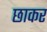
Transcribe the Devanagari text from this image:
छाकर